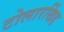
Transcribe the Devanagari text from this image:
टोलारखिंड